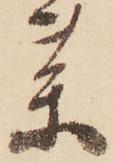
薬